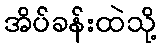
အိပ်ခန်းထဲသို့